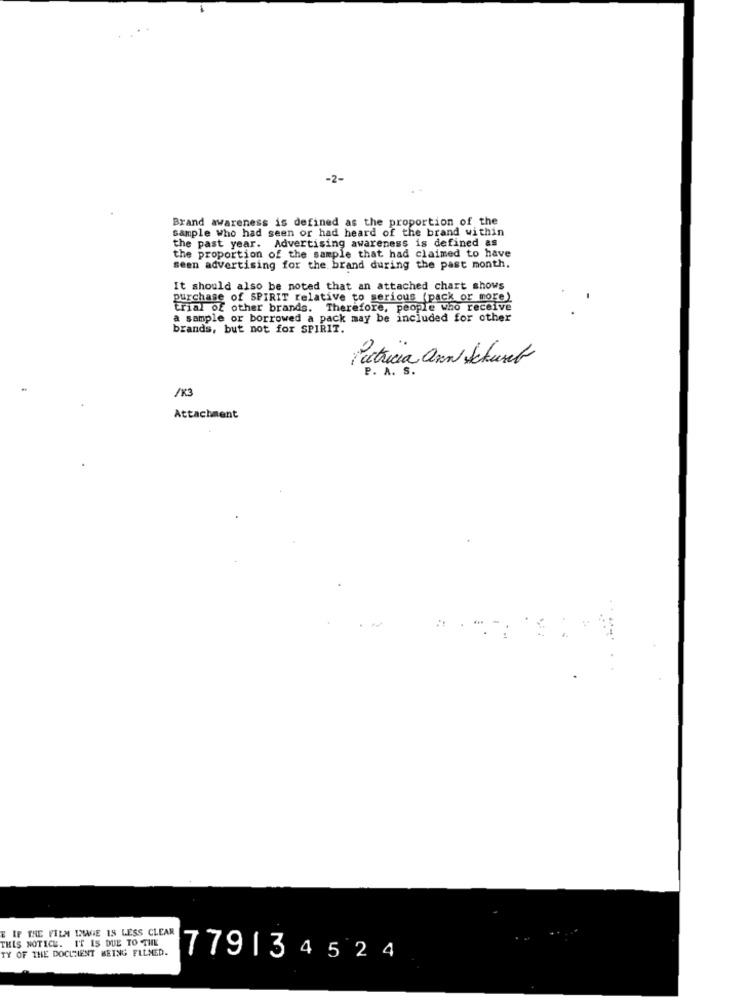
-2-
Brand awareness is defined as the proportion of the
sample who had seen or had heard of the brand within
the past year. Advertising awareness is defined as
the proportion of the sample that had claimed to have
seen advertising for the brand during the past month.
It should also be noted that an attached chart shows
purchase of SPIRIT relative to serious (pack or more)
trial of other brands. Therefore, people who receive
a sample or borrowed a pack may be included for other
brands, but not for SPIRIT.
Patricia anni Schuret
P. A. S.
/K3
Attachment
E IF THE FILM DWGE IS LESS CLEAR
THIS NOTICE. IT IS DUE TO THE
TY OF THE DOCLIENT BEING FILMED.
779134524